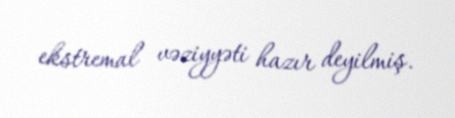
ekstremal vəziyyəti hazır deyilmiş.